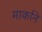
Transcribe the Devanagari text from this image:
मार्काने